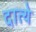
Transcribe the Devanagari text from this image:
दात्ये